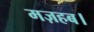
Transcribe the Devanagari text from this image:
मज़हब।